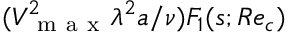
( V _ { \mathrm { ~ m ~ a ~ x ~ } } ^ { 2 } \lambda ^ { 2 } a / \nu ) F _ { 1 } ( s ; R e _ { c } )